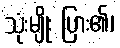
သုံးမျိုး ပြား၏၊